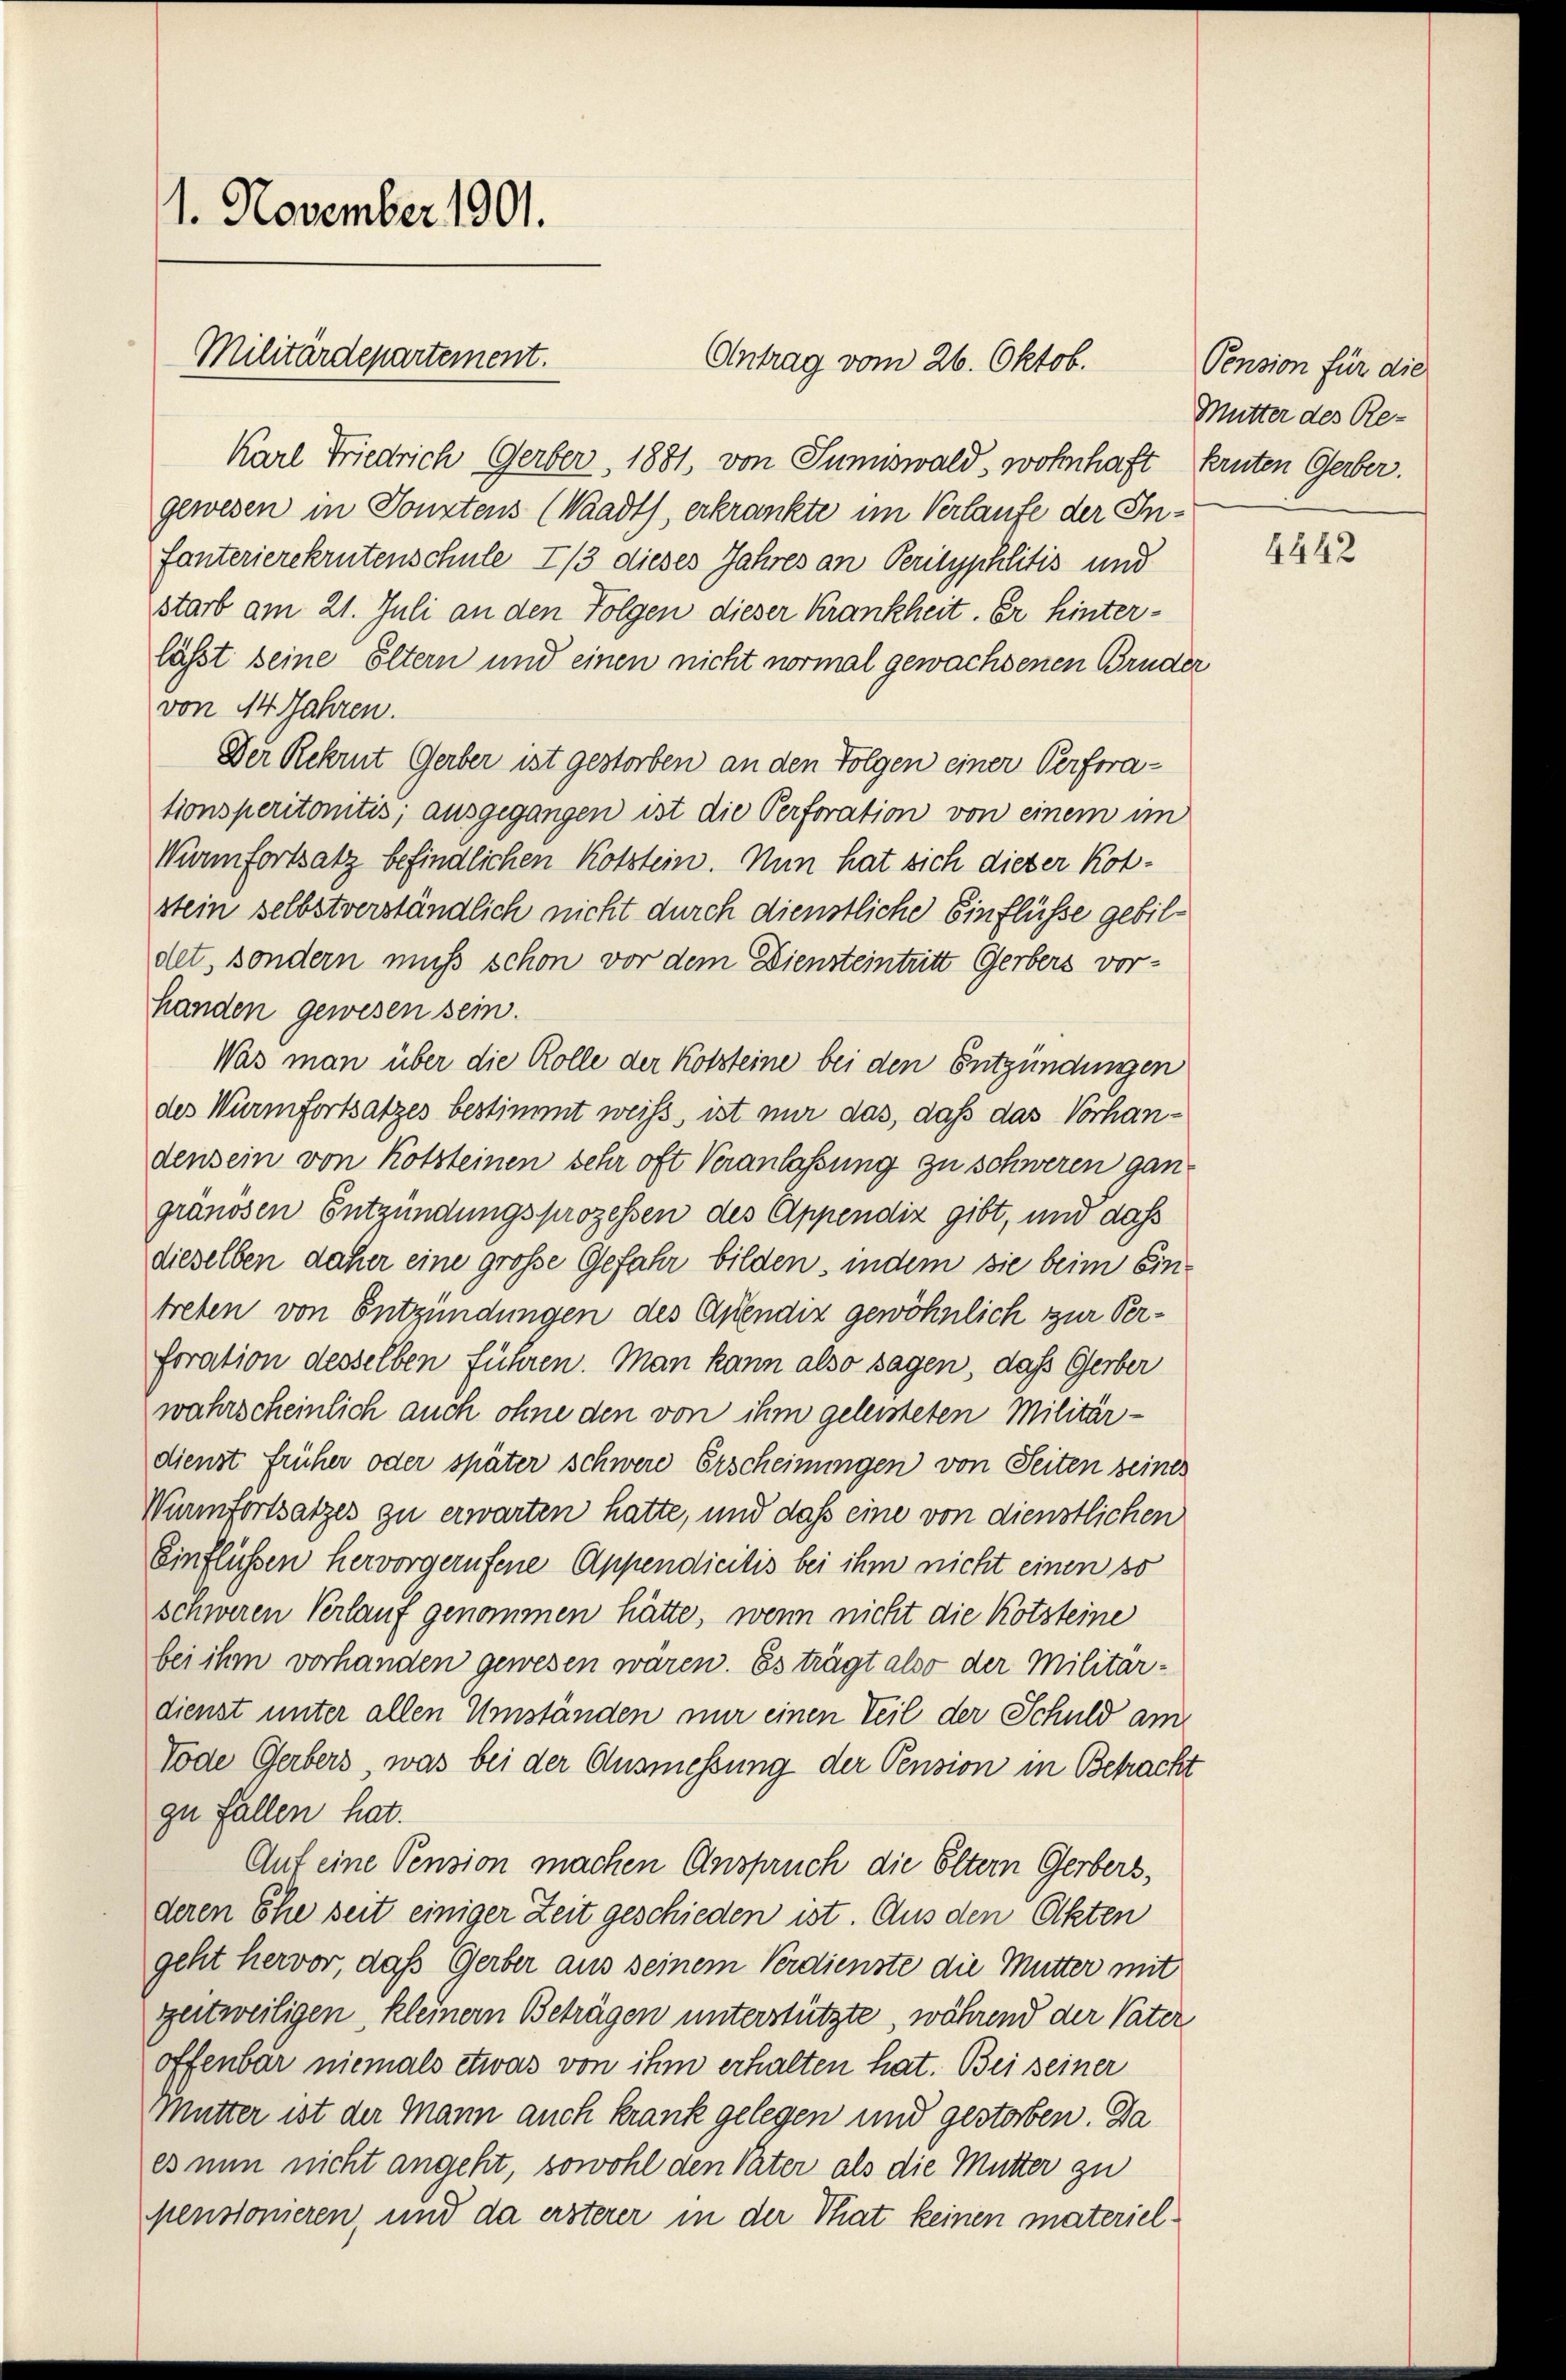
1. November 1901.
Militärdepartement.
Antrag vom 26. Oktob.

Karl Friedrich Gerber, 1881, von Sumiswald, wohnhaft kruten Gerber.
gewesen in Sonntens (Waadt, erkrankte im Verlaufe der Infanterierekrutenschule 7/3 dieses Jahres an Perityphlitis und
starb am 21. Juli an den Folgen dieser Krankheit. Er hinterlässt seine Eltern und einen nicht normal gewachsenen Bruder
von 14 Jahren.
Der Rekrut Gerber ist gestorben an den Folgen einer Perforationsperitonitis, ausgegangen ist die Perforation von einem im
Wünnfortsatz befindlichen Kotztein. Nun hat sich dieser Kolstein selbstverständlich nicht durch dienstliche Einflüsse gebildet, sondern muss schon vor dem Diensteintritt Gerbers vorhanden gewesen sein.
Was man über die Rolle der Kotsteine bei den Entzündungen
des Würmfortsatzes bestimmt weiss, ist nur das, daß das Vorhandensein von Kotsteinen sehr oft Veranlaßung zu schweren gangränösen Entzündungsprozessen des Appendiz gibt, und dass
dieselben daher eine große Gefahr bilden, indem sie beim Eintreten von Entzündungen des Arendiz gewöhnlich zur Verforation desselben führen. Man kann also sagen, daß Gerber
wahrscheinlich auch ohne den von ihm geleisteten Militär-
dienst früher oder später schwere Erscheinungen von Seiten seines
Wunnfortsatzes zu erwarten hatte, und daß eine von dienstlichen
Einflüssen hervorgerufene Appendicitis bei ihm nicht einen so
schweren Verlauf genommen hätte, wenn nicht die Kotsteine
bei ihm vorhanden gewesen wären. Es trägt also der Militärdienst unter allen Umständen mir einen Teil der Schuld am
Tode Gerbers, was bei der Ausmessung der Pension in Betracht
zu Fallen hat.
Auf eine Pension machen Anspruch die Eltern Gerbers,
deren Ehe seit einiger Zeit geschieden ist. Aus den Ölkten
geht hervor, daß Gerber aus seinem Verdienste die Mutter mit
getweiligen, kleiner Beträgen unterstützte, während der Vater
offenbar niemals etwas von ihm erhalten hat. Bei seiner
Mutter ist der Mann auch krank gelegen und gestorben. Da
es nun nicht angeht, sowohl den Vater als die Mutter zu
pensionieren, und da ersterer in der That keinen materiel¬

Pension für die
Mutter des Re¬

4442